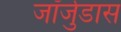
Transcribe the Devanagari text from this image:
जॉर्जुडास